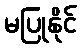
မပြုနိုင်